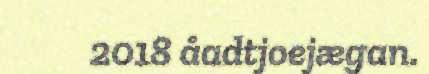
2018 åadtjoejægan.